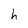
Character: h